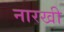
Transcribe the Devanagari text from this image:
नारखी